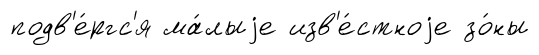
подв'е́ргс'я ма́лыjе изв'е́стноjе зо́ны